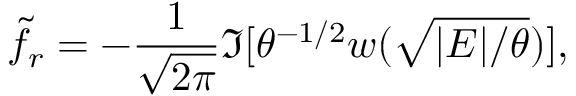
\tilde { f } _ { r } = - { \frac { 1 } { \sqrt { 2 \pi } } } \Im [ \theta ^ { - 1 / 2 } w ( \sqrt { | { \cal E } | / \theta } ) ] ,